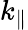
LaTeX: k_{\parallel}